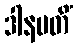
ဒါနပတိံ